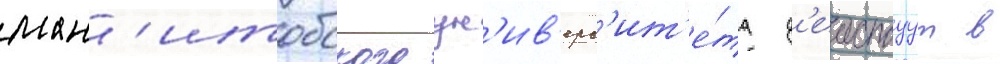
ман'итобского ун'ив'ерс'ит'е́та д'еиствуут в